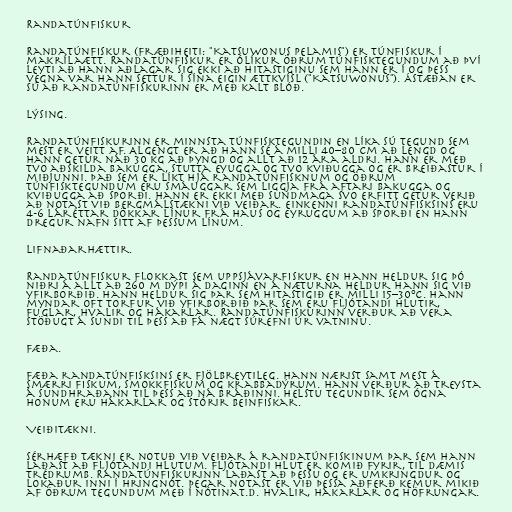
Randatúnfiskur

Randatúnfiskur (fræðiheiti: "Katsuwonus pelamis") er túnfiskur í
makrílaætt. Randatúnfiskur er ólíkur öðrum túnfisktegundum að því
leyti að hann aðlagar sig ekki að hitastiginu sem hann er í og þess
vegna var hann settur í sína eigin ættkvísl ("Katsuwonus"). Ástæðan er
sú að randatúnfiskurinn er með kalt blóð.

Lýsing.

Randatúnfiskurinn er minnsta túnfisktegundin en líka sú tegund sem
mest er veitt af. Algengt er að hann sé á milli 40–80 cm að lengd og
hann getur náð 30 kg að þyngd og allt að 12 ára aldri. Hann er með
tvo aðskilda bakugga, stutta eyugga og tvo kviðugga og er breiðastur í
miðjunni. Það sem er líkt hjá randatúnfisknum og öðrum
túnfisktegundum eru smáuggar sem liggja frá aftari bakugga og
kviðugga að sporði. Hann er ekki með sundmaga svo erfitt getur verið
að notast við bergmálstækni við veiðar. Einkenni randatúnfisksins eru
4-6 láréttar dökkar línur frá haus og eyruggum að sporði en hann
dregur nafn sitt af þessum línum.

Lifnaðarhættir.

Randatúnfiskur flokkast sem uppsjávarfiskur en hann heldur sig þó
niðri á allt að 260 m dýpi á daginn en á næturna heldur hann sig við
yfirborðið. Hann heldur sig þar sem hitastigið er milli 15–30°C. Hann
myndar oft torfur við yfirborðið þar sem eru fljótandi hlutir,
fuglar, hvalir og hákarlar. Randatúnfiskurinn verður að vera
stöðugt á sundi til þess að fá nægt súrefni úr vatninu.

Fæða.

Fæða randatúnfisksins er fjölbreytileg. Hann nærist samt mest á
smærri fiskum, smokkfiskum og krabbadýrum. Hann verður að treysta
á sundhraðann til þess að ná bráðinni. Helstu tegundir sem ógna
honum eru hákarlar og stórir beinfiskar.

Veiðitækni.

Sérhæfð tækni er notuð við veiðar á randatúnfiskinum þar sem hann
laðast að fljótandi hlutum. Fljótandi hlut er komið fyrir, til dæmis
trédrumb. Randatúnfiskurinn laðast að þessu og er umkringdur og
lokaður inni í hringnót. Þegar notast er við þessa aðferð kemur mikið
af öðrum tegundum með í nótinat.d. hvalir, hákarlar og höfrungar.